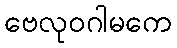
ဗေလုဝဂါမကေ